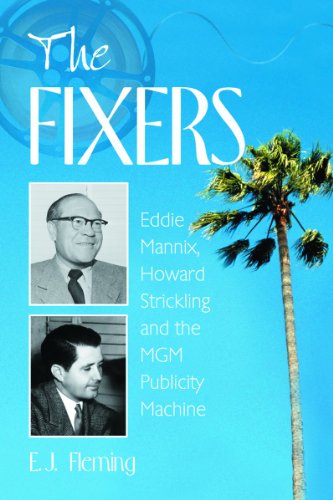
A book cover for The Fixers: Eddie Mannix, Howard Strickling and the MGM Publicity Machine; E.J. Fleming; Humor & Entertainment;